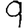
Digit: 9